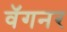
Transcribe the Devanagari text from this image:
वॅगनर